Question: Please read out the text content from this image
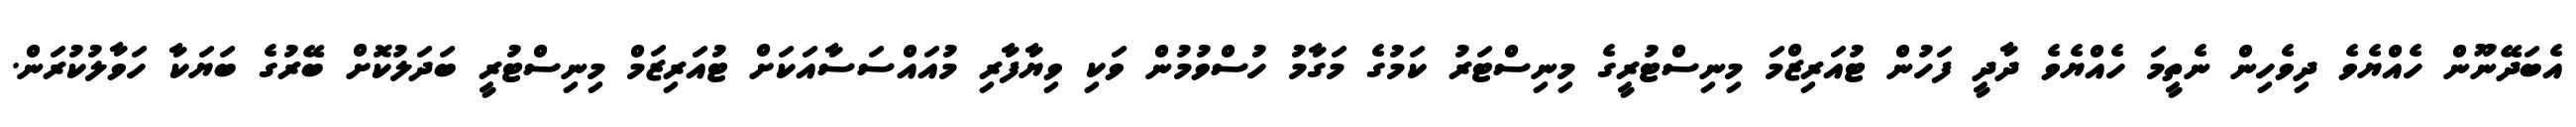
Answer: އެބަދޭނޫން ހެއްޔެވެ ދިވެހިން ނެތީމަ ހެއްޔެވެ ދާދީ ފަހުން ޓުއަރިޒްމަ މިނިސްޓުރީގެ މިނިސްޓަރު ކަމުގެ މަގާމު ހުސްވުމުން ވަކި ވިޔާފާރި މުއައްސަސާއަކަށް ޓުއަރިޒަމް މިނިސްޓުރީ ބަދަލުކޮށް ބޭރުގެ ބަޔަކާ ހަވާލުކުރަން.